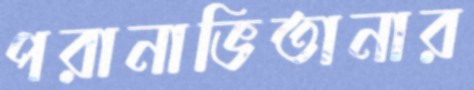
পরানাভিতানার